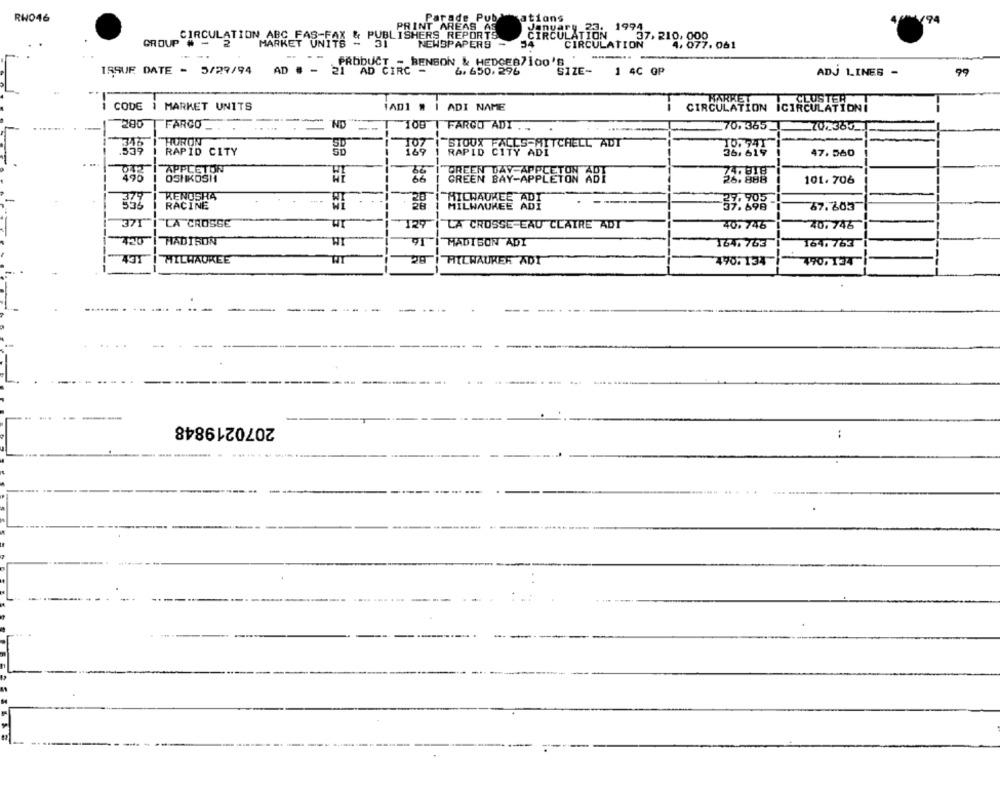
Parade Pub
RH046
1994
194
PRINT AREAS AS
23.
GROUP CIRCULATION ABC_FAS-
PUBLISHERS REPORTS
ČIRČŮ
MARKET UNITS
31
NEWSPAPERS -
CULATION
37. 2 0, 899. 061
........
PRODUCT
ISSUE DATE - 5/29/94
AD # - 21 AD CIRC=
BENSON & HEDGES7100'S
6. 650,296
BIZE-
1 4C OP
ADJ LINES -
99
HARKET
CLUSTER .T
CODE 1 MARKET UNITS
IAD1 #
ADI NAME
CIRCULATION ICIRCULATIONI
200
FARGO
ND
FARGO ADI . ..
70. 365
315
"HORON
SIOUX FALLS-HIT
TO. 741
.359
SIOUX
CES-MITCHELL ADT
36, 619
RAPID CITY
RAPID CITY ADI
47.560
042
APPLETON
GREEN DAY ABBLE
74. 818
496
OSHKOSH
GREEN BAY-APPLETON ABT
26.888
101.706
379
KENOSHA
RACINE
MILWAUKEE A
MILWAUKEE ADI
67.603
37.698
371
LA CROSSE
IM
129
LA CROSSE EAU CLAIRE ADT
40.746
40. 746
420
MADISON
MADISON ADI
164. 763
164, 763
431
I MILWAUKEE
WIT
MILWAUKEE ADT
490.134
SS BS BARER
2070219848
: